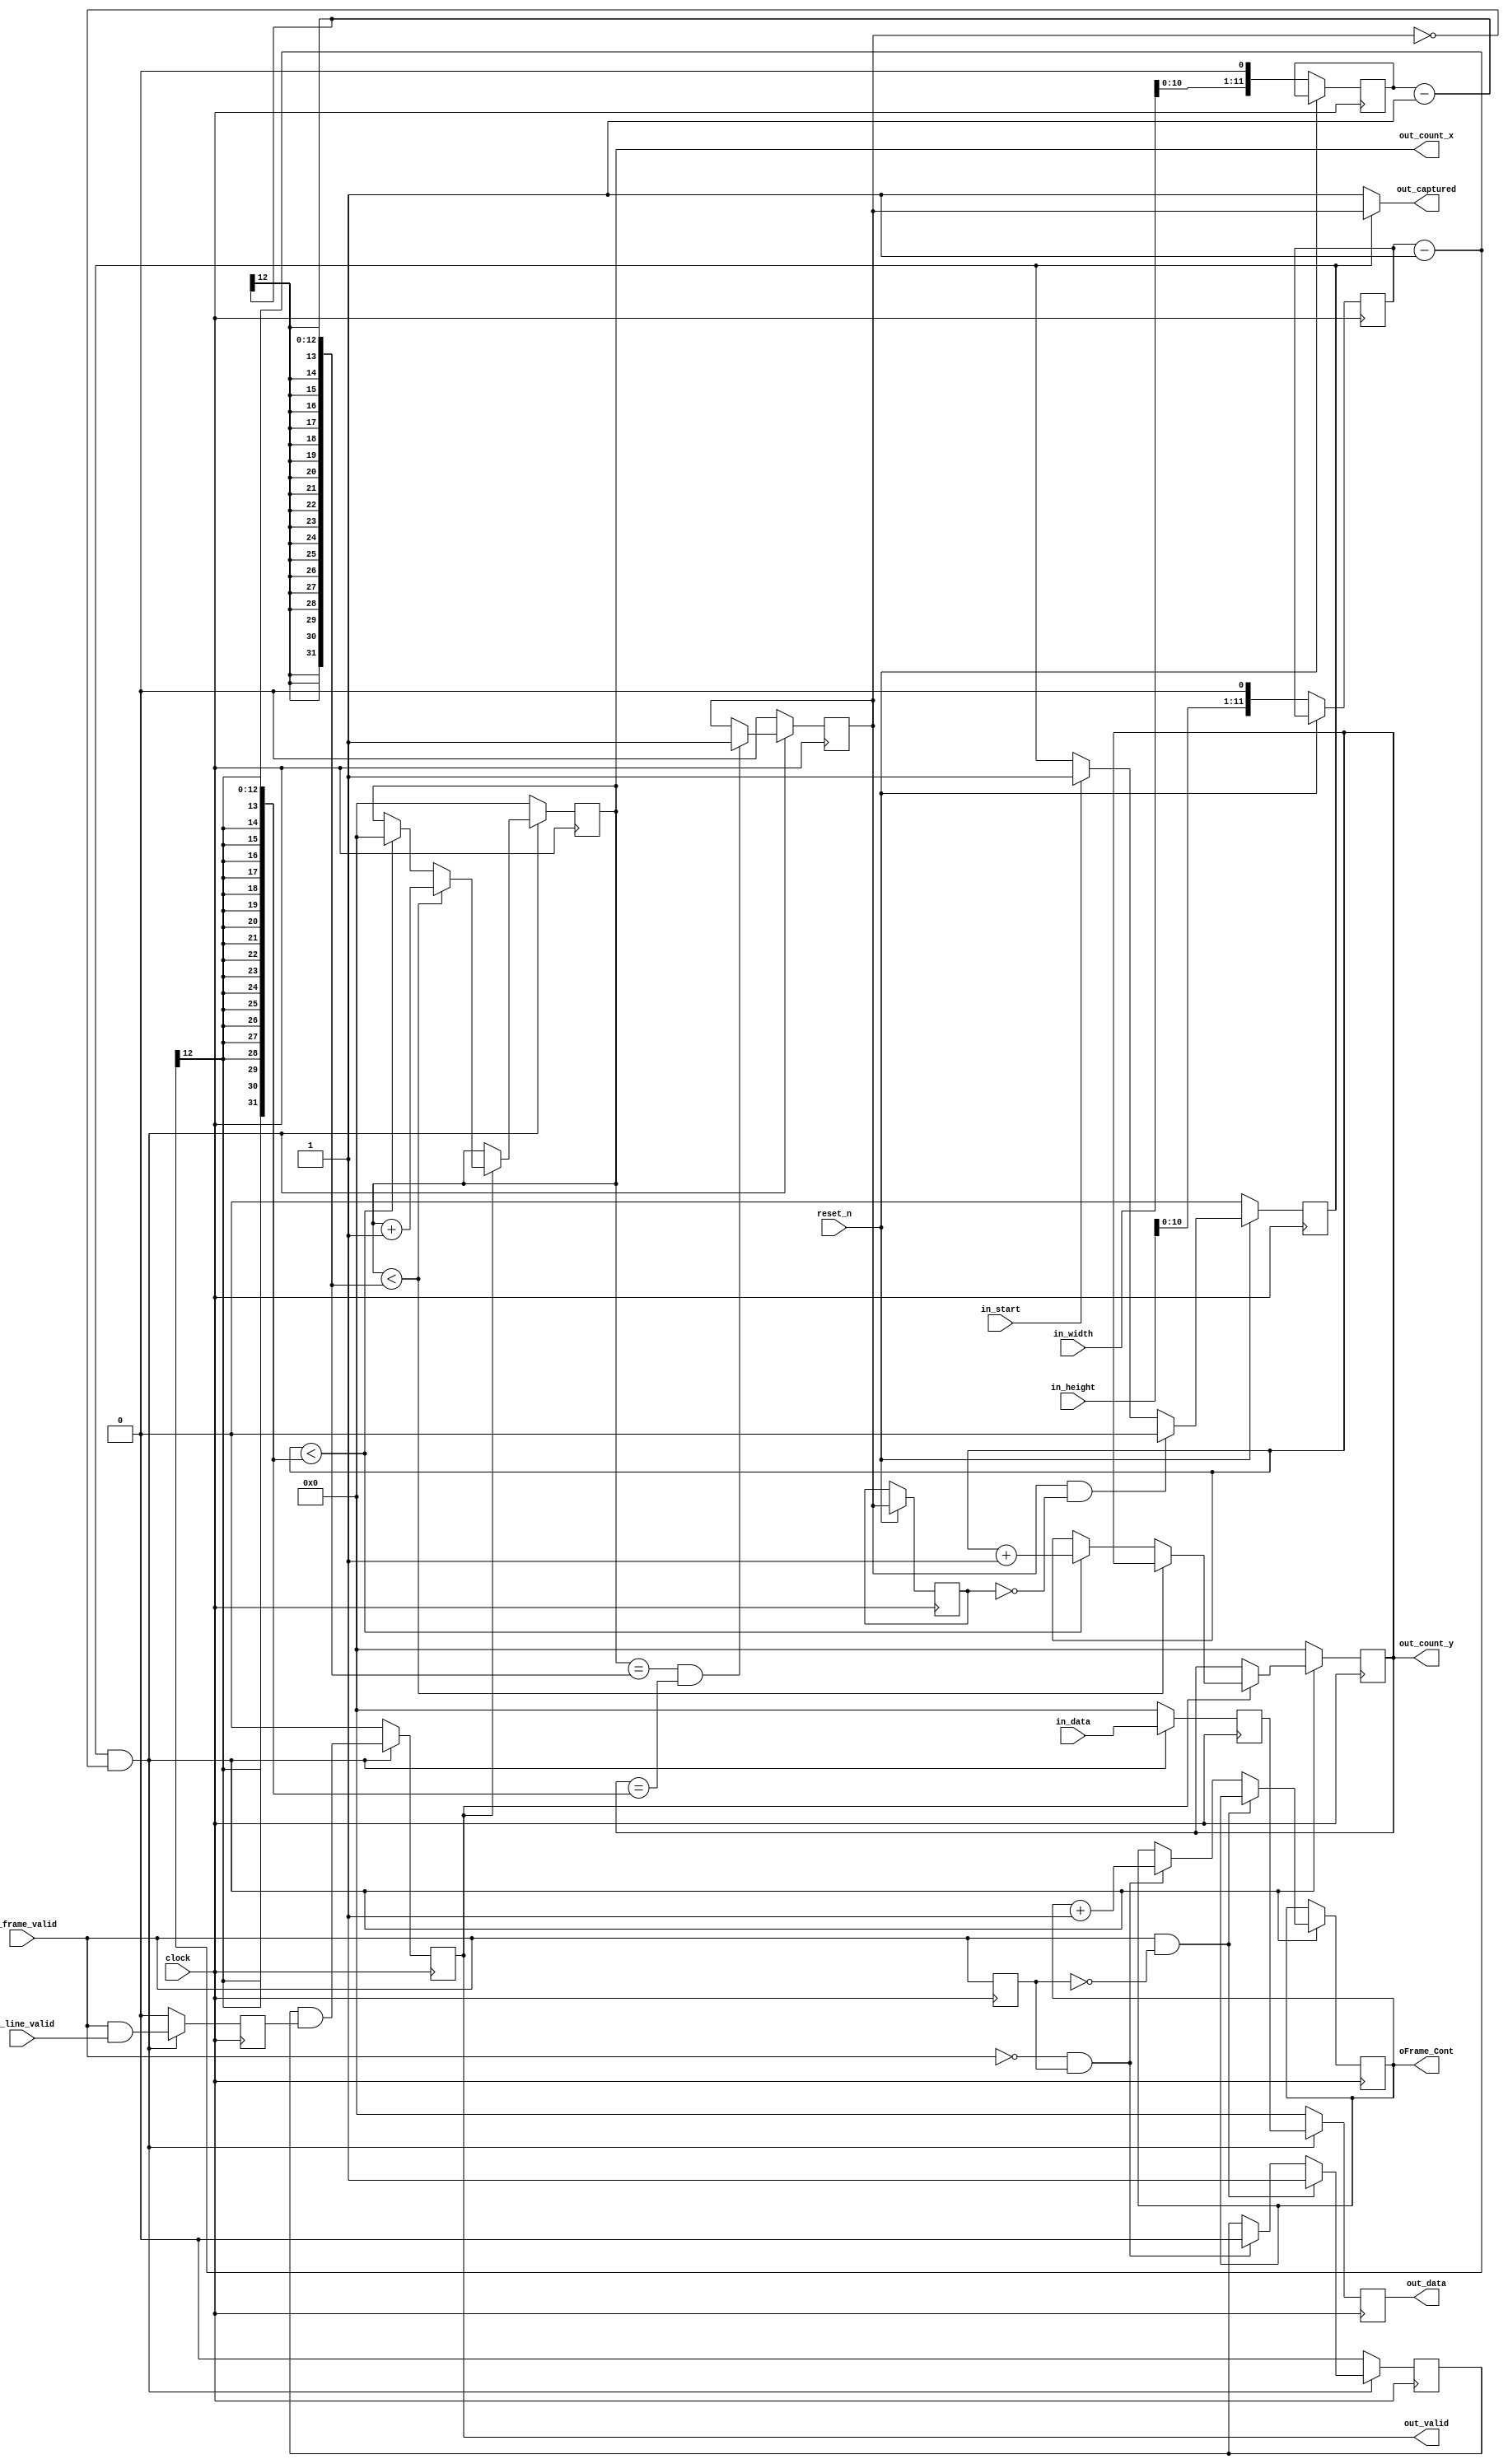
module camera_capture #(
        parameter N = 12
    ) (
        input clock,
        input reset_n,
        input [11:0] in_width,
        input [11:0] in_height,
        input in_start,
        input in_line_valid,
        input in_frame_valid,
        input [N-1:0] in_data,
        output  [31:0]  oFrame_Cont,
        output out_valid,
        output [N-1:0] out_data,
        output [11:0] out_count_x,
        output [11:0] out_count_y,
        output out_captured
    );
    reg [11:0] COLUMN_WIDTH;
    reg [11:0] ROW_HEIGHT;
    always @(posedge clock)
    begin
        if (!reset_n) begin
            COLUMN_WIDTH[11:0] <= {in_width[10:0], 1'b0}; 
            ROW_HEIGHT[11:0] <= {in_height[10:0], 1'b0}; 
        end
    end
    reg captured;
    reg _captured;
    reg start;
    always @(posedge clock)
    begin
        if (reset_n) begin
            _captured <= captured;
            if (captured && !_captured) begin 
                start <= 1'b0;
            end
            else if (in_start) begin
                start <= 1'b1;
            end
        end
        else begin
            start <= 1'b0;
        end
    end
    reg _in_frame_valid;
    reg capture_valid;
    reg frame_valid;
    reg [N-1:0] data_valid;
    reg [31:0]  Frame_Cont;
    assign  oFrame_Cont =   Frame_Cont;
    always @(posedge clock)
    begin
        _in_frame_valid <= in_frame_valid;
        if (start & !captured) begin
            frame_valid <= in_frame_valid & in_line_valid;
            data_valid[N-1:0] <= in_data[N-1:0];
            if (in_frame_valid && !_in_frame_valid) begin 
                capture_valid <= 1'b1;
            end
            else if(!in_frame_valid && _in_frame_valid) begin 
                capture_valid <= 1'b0;
                Frame_Cont  <=  Frame_Cont+1;
            end
        end
        else begin
            frame_valid <= 1'b0;
            capture_valid <= 1'b0;
            data_valid[N-1:0] <= 0;
        end
    end
    reg valid;
    reg [N-1:0] data;
    reg [11:0] count_x;
    reg [11:0] count_y;
    always @(posedge clock)
    begin
        if (start & !captured) begin
            valid <= capture_valid & frame_valid;
            data[N-1:0] <= data_valid[N-1:0];
            if (valid) begin
                if (count_x < (COLUMN_WIDTH - 1)) begin
                    count_x[11:0] <= count_x[11:0] + 16'd1;
                end
                else begin
                    if (count_y < (ROW_HEIGHT - 1)) begin
                        count_x[11:0] <= 12'd0;
                        count_y[11:0] <= count_y[11:0] + 16'd1;
                    end
                end
            end
            if ((count_x == (COLUMN_WIDTH - 1)) && 
                (count_y == (ROW_HEIGHT - 1))) begin
                captured <= 1'b1;
            end
        end
        else begin
            valid <= 1'b0;
            data[N-1:0] <= 0;
            count_x[11:0] <= 12'd0;
            count_y[11:0] <= 12'd0;
            captured <= 1'b0;
        end
    end
    assign out_valid = valid;
    assign out_data[N-1:0] = data[N-1:0];
    assign out_count_x[11:0] = count_x[11:0];
    assign out_count_y[11:0] = count_y[11:0];   
    assign out_captured = (start) ? captured : 1'b1;
endmodule